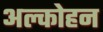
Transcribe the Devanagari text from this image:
अल्कोहन